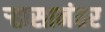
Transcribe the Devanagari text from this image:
र्‍हासानंतर